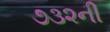
૭૩૨ની